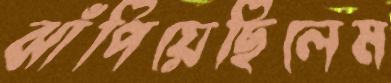
ঝাঁপিয়েছিলেম